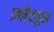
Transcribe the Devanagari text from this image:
फ़्लैटबुश